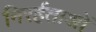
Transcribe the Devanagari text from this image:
निरर्हताओं